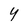
Character: 4